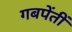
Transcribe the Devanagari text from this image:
गबपेंतीं